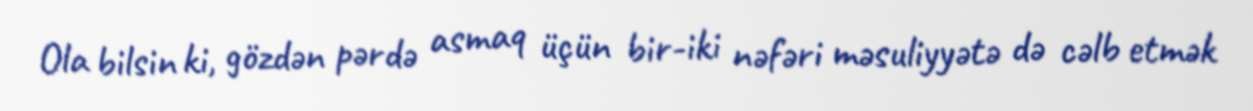
Ola bilsin ki, gözdən pərdə asmaq üçün bir-iki nəfəri məsuliyyətə də cəlb etmək